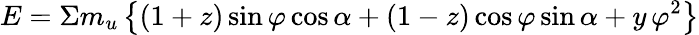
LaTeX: E=\Sigma m_{u}\left\{ (1+z)\sin\varphi\cos\alpha+(1-z)\cos\varphi\sin\alpha+y\, \varphi^{2}\right\}